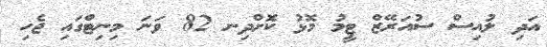
އަދި ލުއިސް ސުއަރޭޒް ޓީމު މޮޅު ކޮށްދިނ 82 ވަނަ މިނިޓްގައި ޖެހި